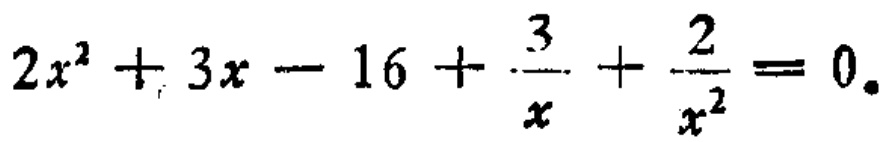
\(2x^{2}+3x - 16+\frac{3}{x}+\frac{2}{x^{2}} = 0\)